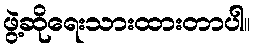
ဖွဲ့ဆိုရေးသားထားတာပါ။